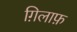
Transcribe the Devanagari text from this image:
ग़िलाफ़